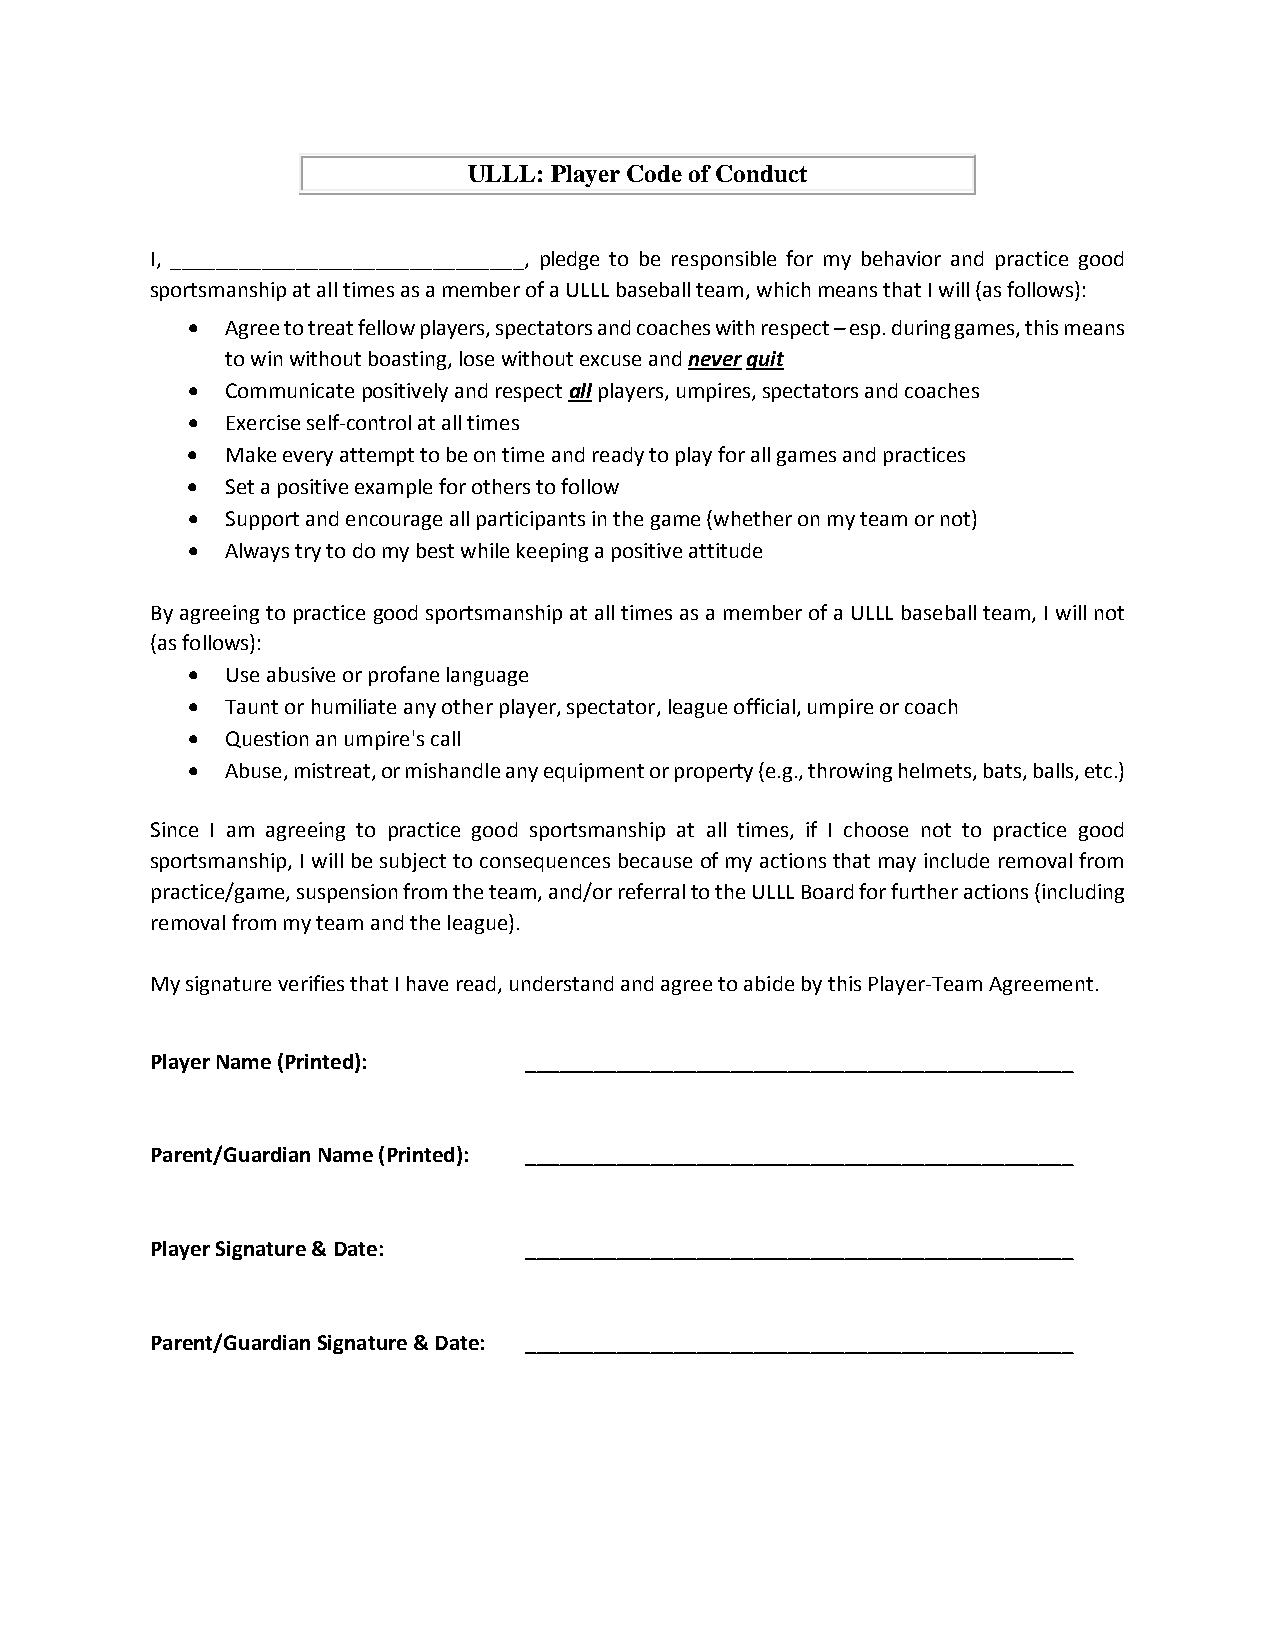
ULLL: Player Code of Conduct
 I, _______________________________, pledge to be responsible for my behavior and practice good
 sportsmanship at all times as a member of a ULLL baseball team, which means that I will (as follows):
 •  Agree to treat fellow players, spectators and coaches with respect – esp. during games, this means
 to win without boasting, lose without excuse and never quit
 •  Communicate positively and respect all players, umpires, spectators and coaches
 •  Exercise self-control at all times
 •  Make every attempt to be on time and ready to play for all games and practices
 •  Set a positive example for others to follow
 •  Support and encourage all participants in the game (whether on my team or not)
 •  Always try to do my best while keeping a positive attitude
 By agreeing to practice good sportsmanship at all times as a member of a ULLL baseball team, I will not
 (as follows):
 •  Use abusive or profane language
 •  Taunt or humiliate any other player, spectator, league official, umpire or coach
 •  Question an umpire's call
 •  Abuse, mistreat, or mishandle any equipment or property (e.g., throwing helmets, bats, balls, etc.)
 Since I am agreeing to practice good sportsmanship at all times, if I choose not to practice good
 sportsmanship, I will be subject to consequences because of my actions that may include removal from
 practice/game, suspension from the team, and/or referral to the ULLL Board for further actions (including
 removal from my team and the league).
 My signature verifies that I have read, understand and agree to abide by this Player-Team Agreement.
 Player Name (Printed):   ________________________________________________
 Parent/Guardian Name (Printed): ________________________________________________
 Player Signature & Date: ________________________________________________
 Parent/Guardian Signature & Date: ________________________________________________